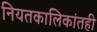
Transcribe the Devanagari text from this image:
नियतकालिकांतही